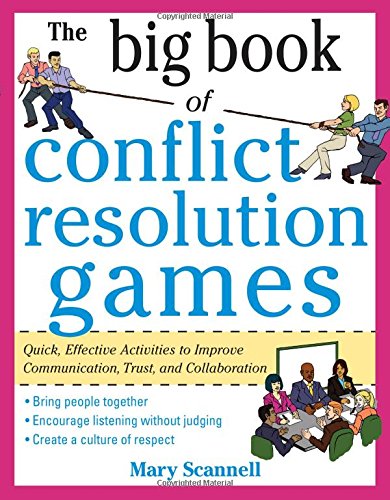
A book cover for The Big Book of Conflict Resolution Games: Quick, Effective Activities to Improve Communication, Trust and Collaboration (Big Book Series); Mary Scannell; Business & Money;